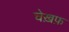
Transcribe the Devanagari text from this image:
चेख़फ़